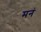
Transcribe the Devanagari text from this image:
मनं